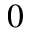
0